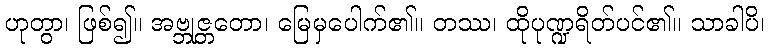
ဟုတွာ၊ ဖြစ်၍။ အဗ္ဘုဇ္တတော၊ မြေမှပေါက်၏။ တဿ၊ ထိုပုဏ္ဍရိတ်ပင်၏။ သာခါပိ၊